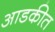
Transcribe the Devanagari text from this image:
आडकीत